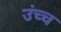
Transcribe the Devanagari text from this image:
उंच्च